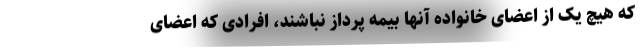
که هیچ یک از اعضای خانواده آنها بیمه پرداز نباشند، افرادی که اعضای